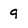
Character: 9